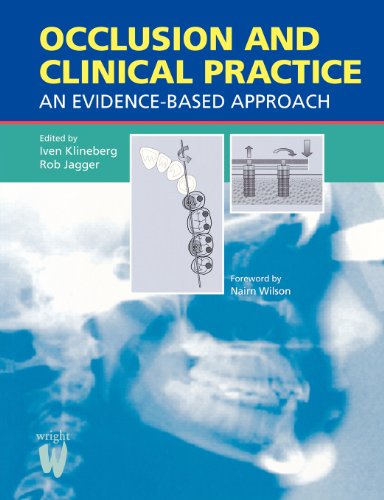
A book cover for Occlusion and Clinical Practice: An Evidence-Based Approach, 1e; Iven Klineberg; Medical Books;